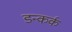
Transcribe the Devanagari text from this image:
डन्कर्क